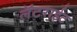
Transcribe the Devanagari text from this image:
लॅटराईट